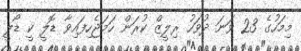
މިމަހުގެ 23 ވަނަ ދުވަހު ރިލީޒް ކުރަން ހަމަޖެހިފައިވާ ޑޮލީ ކީ ޑޯލީ